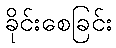
ခိုင်းစေခြင်း